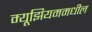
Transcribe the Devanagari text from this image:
म्यूझियममधील